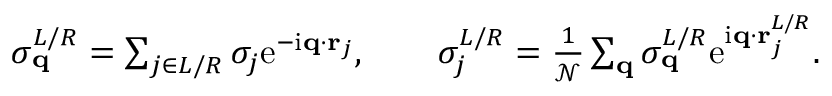
\begin{array} { r } { \sigma _ { \mathbf { q } } ^ { L / R } = \sum _ { j \in L / R } \sigma _ { j } \mathrm { e } ^ { - \mathrm { i } \mathbf { q } \cdot \mathbf { r } _ { j } } , \qquad \sigma _ { j } ^ { L / R } = \frac { 1 } { \mathcal { N } } \sum _ { \mathbf { q } } \sigma _ { \mathbf { q } } ^ { L / R } \mathrm { e } ^ { \mathrm { i } \mathbf { q } \cdot \mathbf { r } _ { j } ^ { L / R } } . } \end{array}